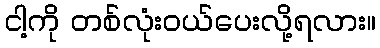
ငါ့ကို တစ်လုံးဝယ်ပေးလို့ရလား။